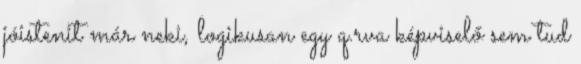
jóistenit már neki, logikusan egy q.rva képviselő sem tud